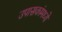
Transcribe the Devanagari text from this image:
उपासकांमध्ये